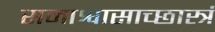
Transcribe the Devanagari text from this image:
समाश्वासाच्छास्त्रं